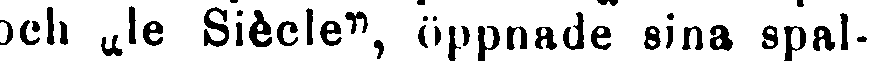
och „le Siècle", öppnade sina spal-